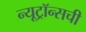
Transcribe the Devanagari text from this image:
न्यूट्रॉन्सची